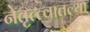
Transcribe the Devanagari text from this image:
नेतृत्त्वातल्या